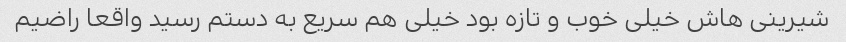
شیرینی هاش خیلی خوب و تازه بود خیلی هم سریع به دستم رسید واقعا راضیم